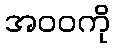
အဝဝကို